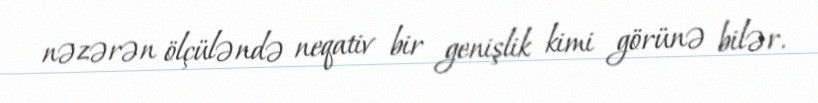
nəzərən ölçüləndə neqativ bir genişlik kimi görünə bilər.